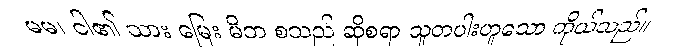
မမ၊ ငါ၏ သား မြေး မိဘ စသည် ဆိုစရာ သူတပါးဟူသော ကိုယ်သည်။